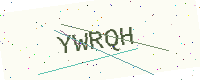
Text: YWRQH